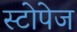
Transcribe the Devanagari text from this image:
स्टोपेज